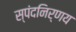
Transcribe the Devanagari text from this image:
स्पंदनिर्णय